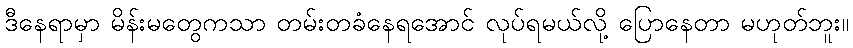
ဒီနေရာမှာ မိန်းမတွေကသာ တမ်းတခံနေရအောင် လုပ်ရမယ်လို့ ပြောနေတာ မဟုတ်ဘူး။